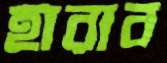
হারাব